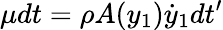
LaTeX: \mu dt=\rho A(y_{1})\dot{y}_{1}dt^{\prime}